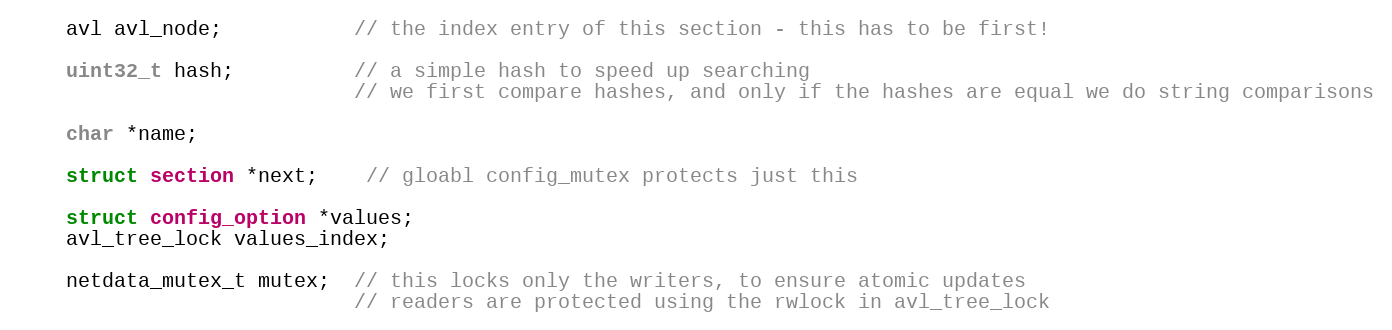
Language: C
    avl avl_node;           // the index entry of this section - this has to be first!

    uint32_t hash;          // a simple hash to speed up searching
                            // we first compare hashes, and only if the hashes are equal we do string comparisons

    char *name;

    struct section *next;    // gloabl config_mutex protects just this

    struct config_option *values;
    avl_tree_lock values_index;

    netdata_mutex_t mutex;  // this locks only the writers, to ensure atomic updates
                            // readers are protected using the rwlock in avl_tree_lock